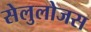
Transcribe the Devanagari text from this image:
सेलुलोजस